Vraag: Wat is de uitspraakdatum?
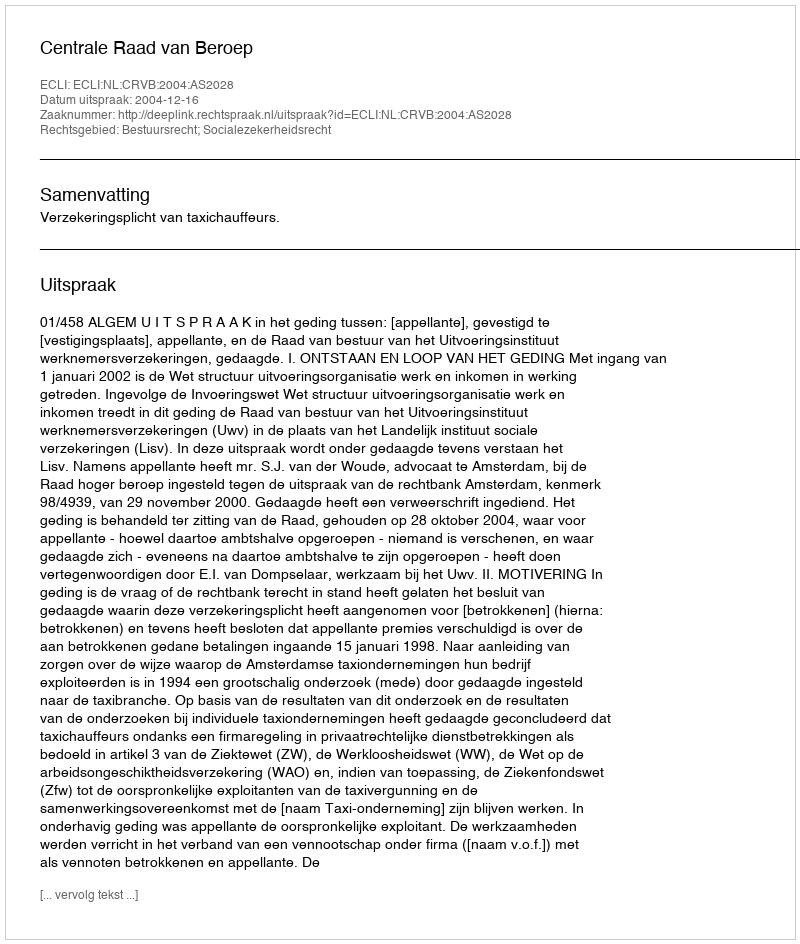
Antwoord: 2004-12-16